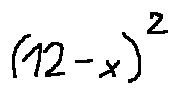
( 1 2 - x ) ^ { 2 }